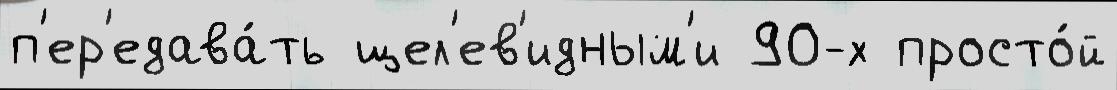
п'ер'едава́ть щел'ев'идным'и 90-х просто́й